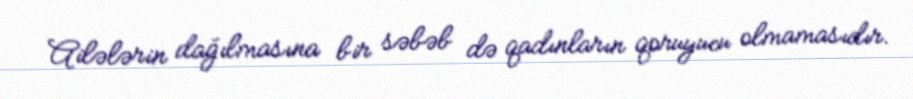
Ailələrin dağılmasına bir səbəb də qadınların qoruyucu olmamasıdır.